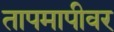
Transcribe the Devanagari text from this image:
तापमापीवर